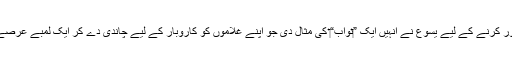
‏ اپنے شاگردوں کی اِس غلط‌فہمی کو دُور کرنے کے لیے یسوع نے اُنہیں ایک ”‏نواب“‏ کی مثال دی جو اپنے غلاموں کو کاروبار کے لیے چاندی دے کر ایک لمبے عرصے کے لیے دُوردراز ملک چلا جاتا ہے۔